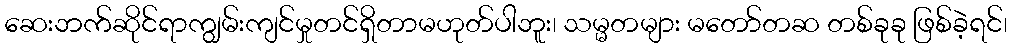
ဆေးဘက်ဆိုင်ရာကျွမ်းကျင်မှုတင်ရှိတာမဟုတ်ပါဘူး၊ သမ္မတများ မတော်တဆ တစ်ခုခု ဖြစ်ခဲ့ရင်၊